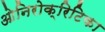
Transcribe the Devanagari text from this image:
ओनिरोक्रिटिका